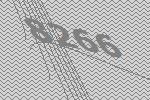
8266